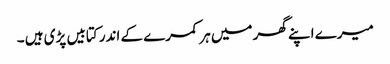
میرے اپنے گھر میں ہر کمرے کے اندر کتابیں پڑی ہیں ۔